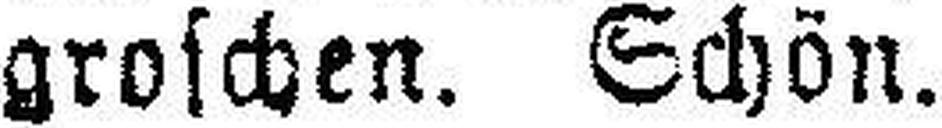
groschen. Schön.